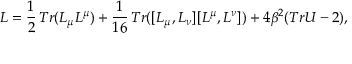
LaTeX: { \cal L } = \frac { 1 } { 2 } \, T r ( L _ { \mu } L ^ { \mu } ) + \frac { 1 } { 1 6 } \, T r ( [ L _ { \mu } , L _ { \nu } ] [ L ^ { \mu } , L ^ { \nu } ] ) + 4 \beta ^ { 2 } ( T r U - 2 ) ,